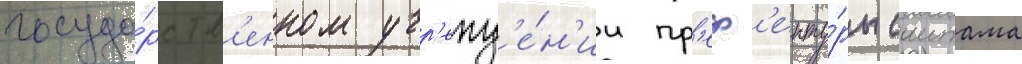
госуда́рств'енном учр'ежд'е́н'ии пр'еф'екту́ры саитама